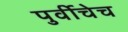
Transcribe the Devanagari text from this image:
पुर्वीचेच